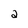
Character: 2